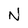
Character: N